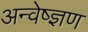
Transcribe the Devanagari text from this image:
अन्वेष्ज्ञण